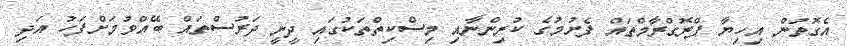
އެގޮތުން އިހިޔާ ޕްރޮގްރާމްތައް ފެށުމުގެ ކުރިންނާއި މިސްކިތްތަކުގައި ދީނީ ދަރުސްތައް ބޭއްވުމަށްފަހު އަދި